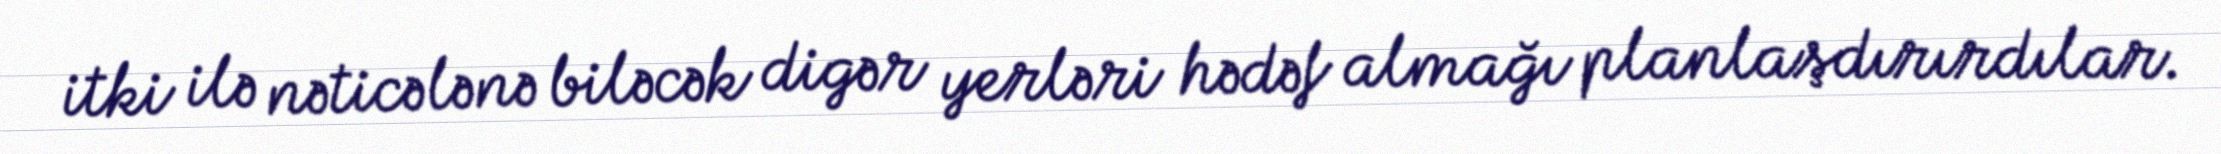
itki ilə nəticələnə biləcək digər yerləri hədəf almağı planlaşdırırdılar.